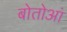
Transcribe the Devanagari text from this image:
बोतोआं